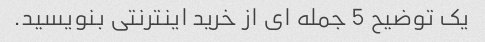
یک توضیح 5 جمله ای از خرید اینترنتی بنویسید.